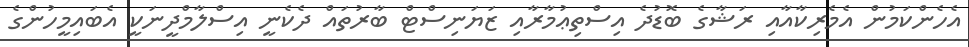
އެހެންކަމުން އެމެރިކާއާއި ރަޝާގެ ބޮޑުދެ އިސްތިޢުމާރާއި ޒަޔަނިސްޓް ބާރުތައް ދެކެނީ އިސްލާމްދީނަކީ އެބައިމީހުންގެ